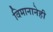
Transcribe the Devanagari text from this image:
विमानानेही